Vaccination in Bombay 1913-1923 - 1913-1923
Year: 1913
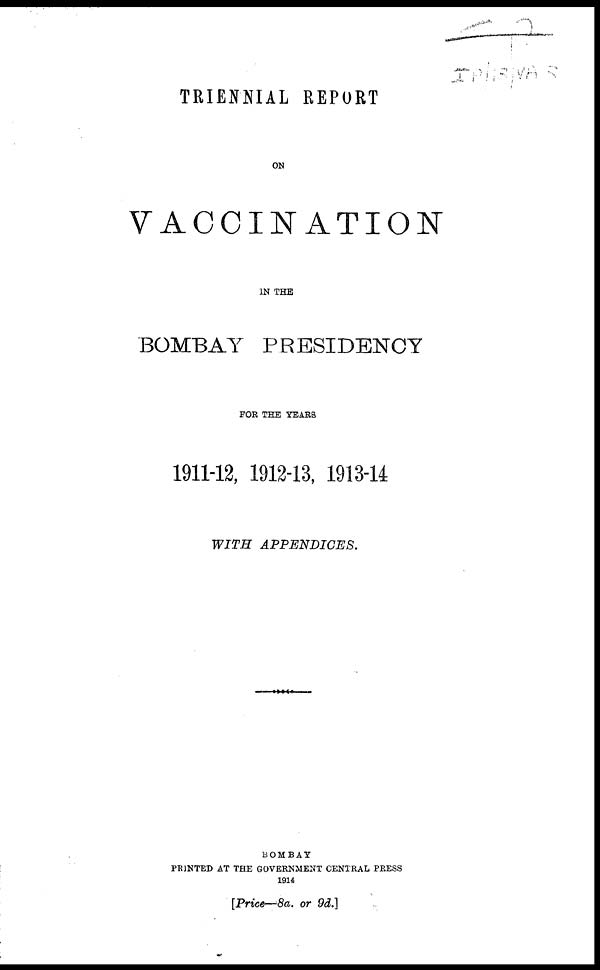
TRIENNIAL REPORT
ON
VACCINATION
IN THE
BOMBAY PRESIDENCY
FOR THE YEARS
1911-12, 1912-13, 1913-14
WITH APPENDICES.
BOMBAY
PRINTED AT THE GOVERNMENT CENTRAL PRESS
1914
[Price—8a. or 9d.]